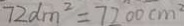
7 2 d m ^ { 2 } = 7 2 0 0 c m ^ { 2 }